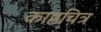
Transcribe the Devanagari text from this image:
काष्ठचित्र